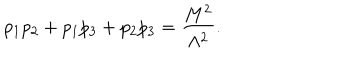
p _ { 1 } p _ { 2 } + p _ { 1 } p _ { 3 } + p _ { 2 } p _ { 3 } = \frac { M ^ { 2 } } { \Lambda ^ { 2 } } .